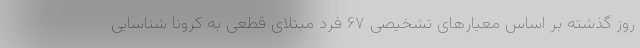
روز گذشته بر اساس معیارهای تشخیصی ۶۷ فرد مبتلای قطعی به کرونا شناسایی